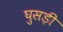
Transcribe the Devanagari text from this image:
घुसड़ी